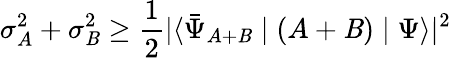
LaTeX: \sigma_{A}^{2}+\sigma_{\mathit{B}}^{2}\geq{\frac{{1}}{{2}}}|\langle{\bar{{\Psi}}}_{A+\mathit{B}}\mid(A+\mathit{B})\mid\Psi\rangle|^{2}